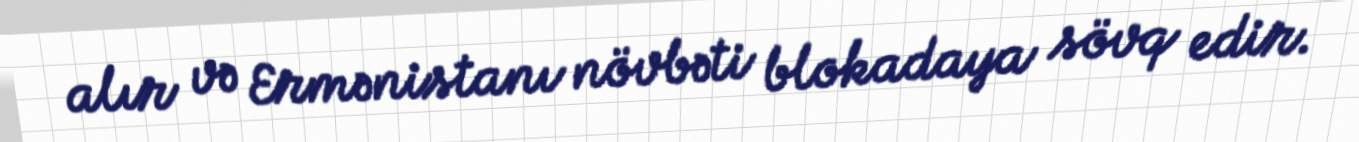
alır və Ermənistanı növbəti blokadaya sövq edir.